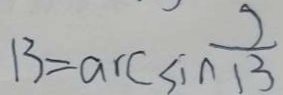
1 3 = \arcsin \frac { 2 } { 1 3 }